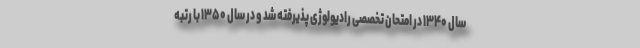
سال ۱۳۴۰ در امتحان تخصصی رادیولوژی پذیرفته شد و در سال ۱۳۵۰ با رتبه